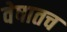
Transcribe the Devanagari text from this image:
वेषातच